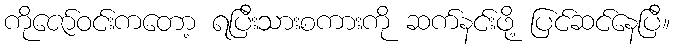
ကိုဇော်ဝင်းကတော့ ရပြီးသားစကားကို ဆက်နင်းဖို့ ပြင်ဆင်နေပြီ။